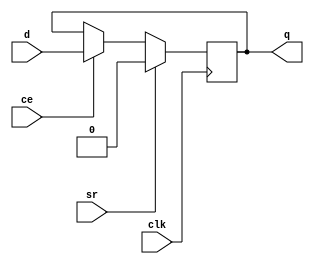
module AL_MAP_SEQ (
	output reg q,
	input ce,
	input clk,
	input sr,
	input d
);
	parameter DFFMODE = "FF"; //FF,LATCH
	parameter REGSET = "RESET"; //RESET/SET
	parameter SRMUX = "SR"; //SR/INV
	parameter SRMODE = "SYNC"; //SYNC/ASYNC

	wire srmux;
	generate
		case (SRMUX)
			"SR": assign srmux = sr;
			"INV": assign srmux = ~sr;
			default: assign srmux = sr;
		endcase
	endgenerate

	wire regset;
	generate
		case (REGSET)
			"RESET": assign regset = 1'b0;
			"SET": assign regset = 1'b1;
			default: assign regset = 1'b0;
		endcase
	endgenerate

	initial q = regset;

	generate
		if (DFFMODE == "FF")
		begin
			if (SRMODE == "ASYNC")
			begin
				always @(posedge clk, posedge srmux)
					if (srmux)
						q <= regset;
					else if (ce)
						q <= d;
			end
			else
			begin
				always @(posedge clk)
					if (srmux)
						q <= regset;
					else if (ce)
						q <= d;
			end
		end
		else
		begin
			// DFFMODE == "LATCH"
			if (SRMODE == "ASYNC")
			begin
				always @*
					if (srmux)
						q <= regset;
					else if (~clk & ce)
						q <= d;
			end
			else
			begin
				always @*
					if (~clk) begin
						if (srmux)
							q <= regset;
						else if (ce)
							q <= d;
					end
			end
		end
    endgenerate
endmodule